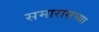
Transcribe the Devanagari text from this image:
समारासच्या